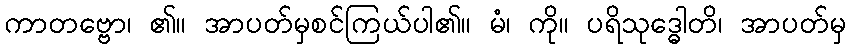
ကာတဗ္ဗော၊ ၏။ အာပတ်မှစင်ကြယ်ပါ၏။ မံ၊ ကို။ ပရိသုဒ္ဓေါတိ၊ အာပတ်မှ